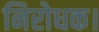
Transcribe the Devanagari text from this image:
निरोधक।